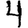
Digit: 4